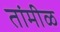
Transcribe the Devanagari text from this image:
तांमीळ